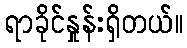
ရာခိုင်နှုန်းရှိတယ်။